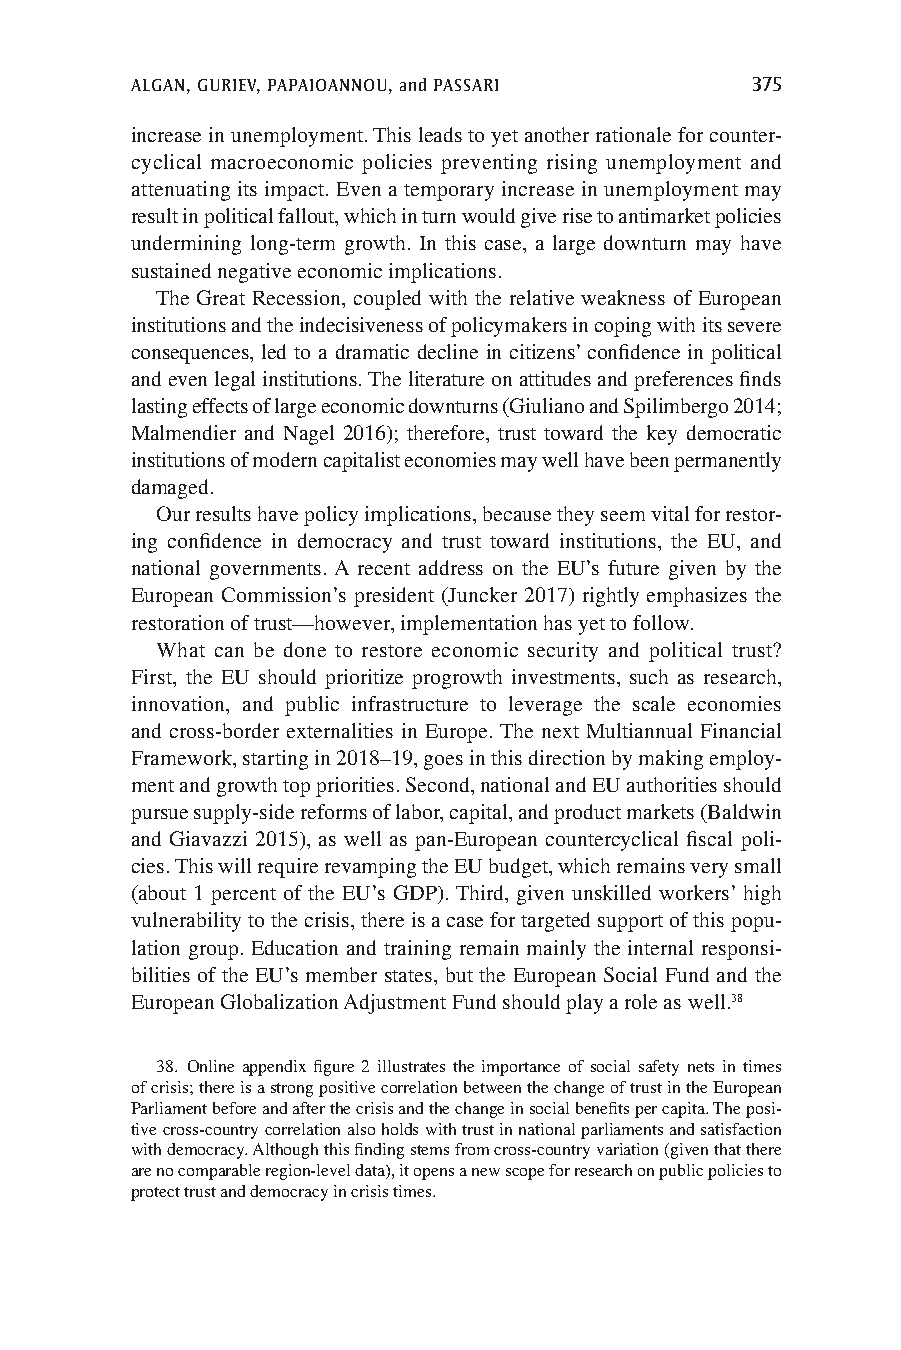
ALGAN, GURIEV, PAPAIOANNOU, and PASSARI  375
 increase in unemployment. This leads to yet another rationale for counter-
 cyclical macroeconomic policies preventing rising unemployment and
 attenuating its impact. Even a temporary increase in unemployment may
 result in political fallout, which in turn would give rise to antimarket policies
 undermining long-term growth. In this case, a large downturn may have
 sustained negative economic implications.
 The Great Recession, coupled with the relative weakness of European
 institutions and the indecisiveness of policymakers in coping with its severe
 consequences, led to a dramatic decline in citizens’ confidence in political
 and even legal institutions. The literature on attitudes and preferences finds
 lasting effects of large economic downturns (Giuliano and Spilimbergo 2014;
 Malmendier and Nagel 2016); therefore, trust toward the key democratic
 institutions of modern capitalist economies may well have been permanently
 damaged.
 Our results have policy implications, because they seem vital for restor-
 ing confidence in democracy and trust toward institutions, the EU, and
 national governments. A recent address on the EU’s future given by the
 European Commission’s president (Juncker 2017) rightly emphasizes the
 restoration of trust—however, implementation has yet to follow.
 What can be done to restore economic security and political trust?
 First, the EU should prioritize progrowth investments, such as research,
 innovation, and public infrastructure to leverage the scale economies
 and cross-border externalities in Europe. The next Multiannual Financial
 Framework, starting in 2018–19, goes in this direction by making employ-
 ment and growth top priorities. Second, national and EU authorities should
 pursue supply-side reforms of labor, capital, and product markets (Baldwin
 and Giavazzi 2015), as well as pan-European countercyclical fiscal poli-
 cies. This will require revamping the EU budget, which remains very small
 (about 1 percent of the EU’s GDP). Third, given unskilled workers’ high
 vulnerability to the crisis, there is a case for targeted support of this popu-
 lation group. Education and training remain mainly the internal responsi-
 bilities of the EU’s member states, but the European Social Fund and the
 European Globalization Adjustment Fund should play a role as well.38
 38. Online appendix figure 2 illustrates the importance of social safety nets in times
 of crisis; there is a strong positive correlation between the change of trust in the European
 Parliament before and after the crisis and the change in social benefits per capita. The posi-
 tive cross-country correlation also holds with trust in national parliaments and satisfaction
 with democracy. Although this finding stems from cross-country variation (given that there
 are no comparable region-level data), it opens a new scope for research on public policies to
 protect trust and democracy in crisis times.